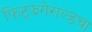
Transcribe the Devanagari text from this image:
फिट्झगेराल्डचा